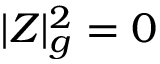
| Z | _ { g } ^ { 2 } = 0